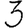
Digit: 3